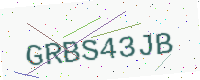
Text: GRBS43JB